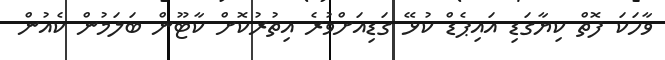
ވާހަކަ ފޮތް ކިޔާގަޑި އައިޕެޑް ކުޅޭ ގަޑިއަށްވުރެ އިތުރުކޮށް ކާޓޫން ބަލަމުން ކެއުން